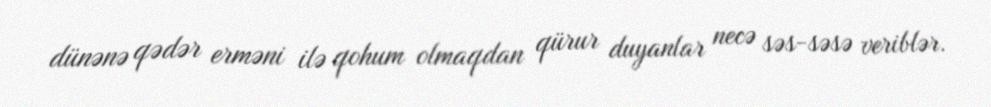
dünənə qədər erməni ilə qohum olmaqdan qürur duyanlar necə səs-səsə veriblər.